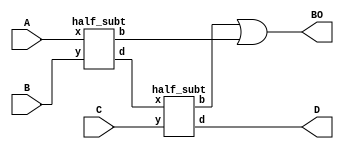
`timescale 1ns / 1ps
//////////////////////////////////////////////////////////////////////////////////
// Company: 
// Engineer: 
// 
// Design Name: 
// Module Name: full_sub_insta
// Project Name: 
// Target Devices: 
// Tool Versions: 
// Description: 
// 
// Dependencies: 
// 
// Revision:
// Revision 0.01 - File Created
// Additional Comments:
// 
//////////////////////////////////////////////////////////////////////////////////


module full_sub_insta(output D,BO, input A,B,C);
wire t,k,n;
half_subt h1(t,n,A,B);
half_subt h2(D,k,t,C);
or (BO,k,n);
endmodule

module half_subt(output d,b, input x,y);
    assign d=x^y;
    assign b=!x&y;
endmodule


// d=a^b^c; borrow=(!a&b)+(a^b)&c);
/*module full_sub(output d,borrow, input a,b,c);
wire x,y,z
xor a1(x,a,b); //wire =x
xor a2(d,x,c);
not a3(abar,a);
and a4(y,abar,b); //wire=y
and a5(z,x,c); //wire=z
or a6(borrow,y,z);
endmodule
*/